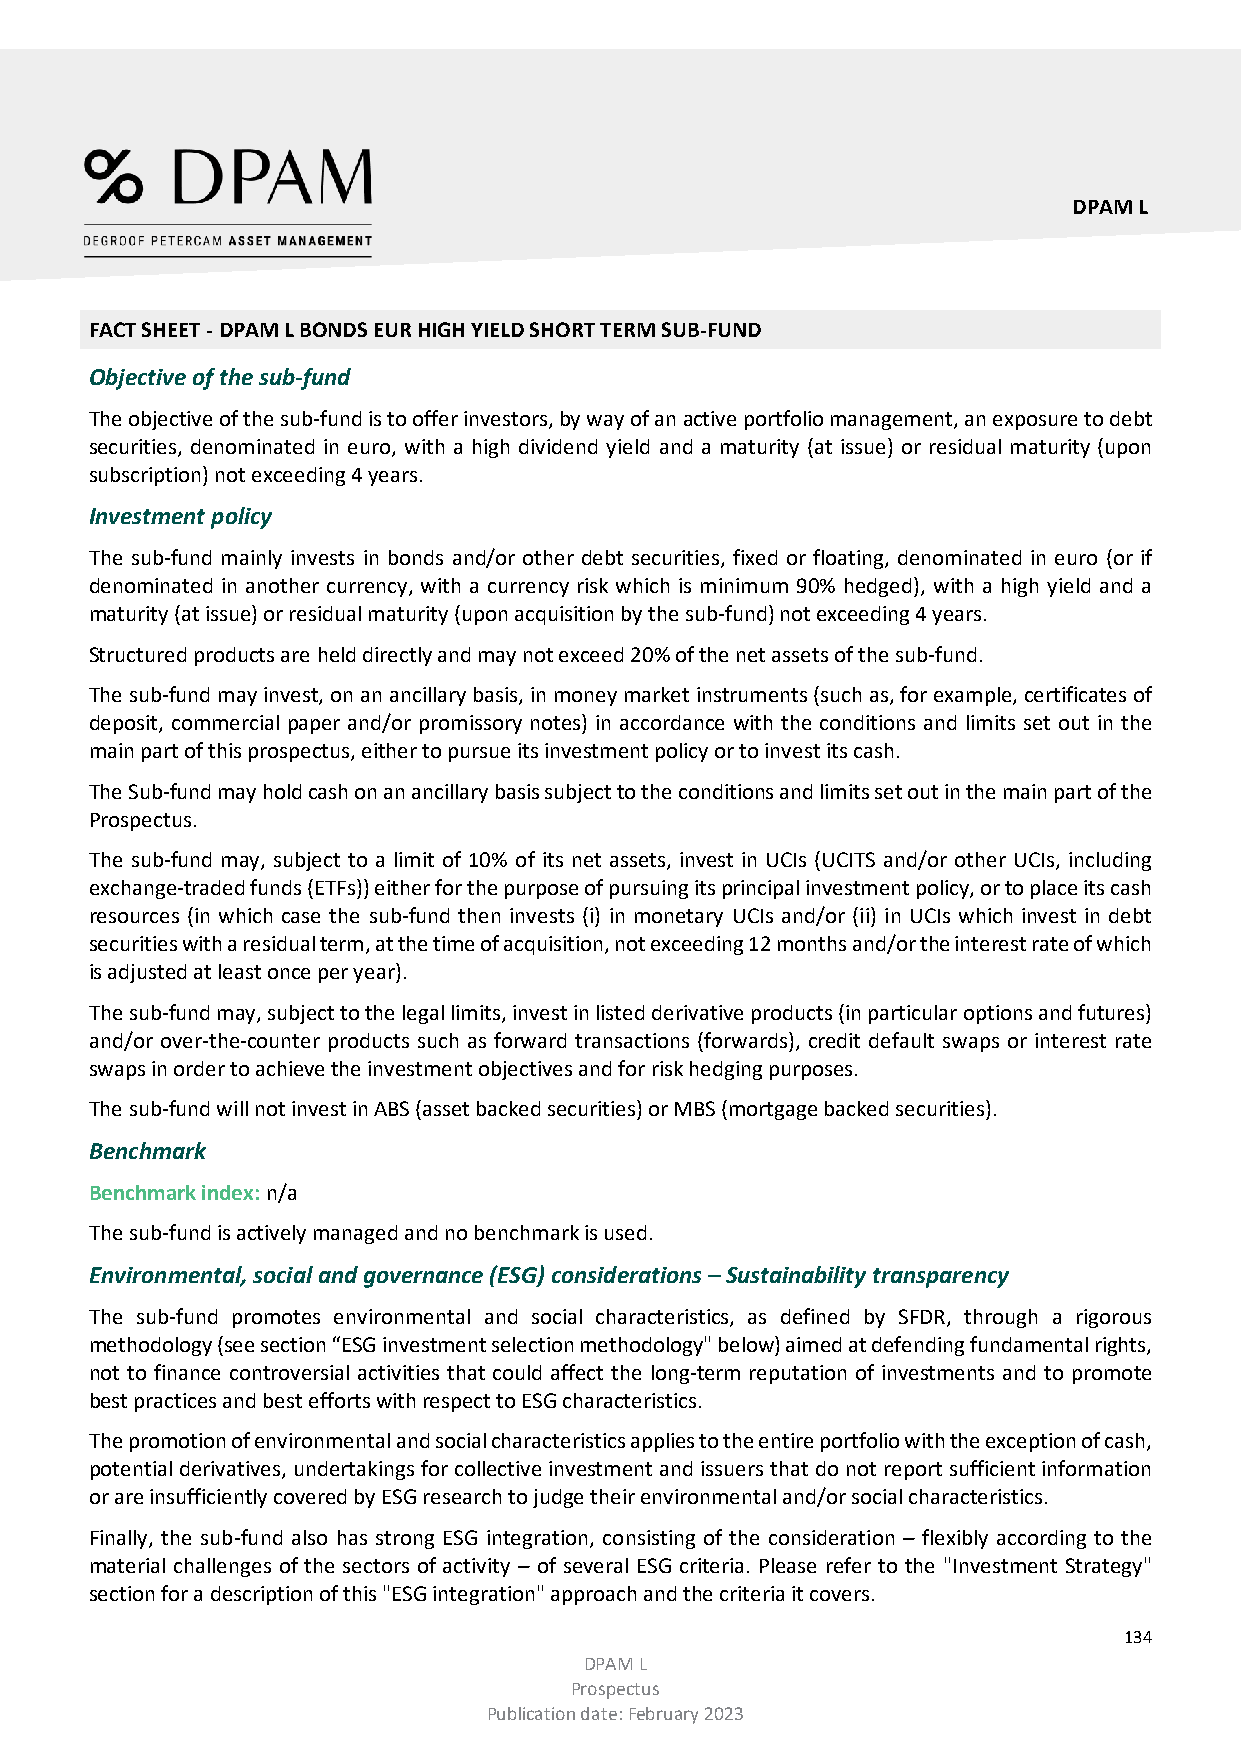
DPAM L
 FACT SHEET - DPAM L BONDS EUR HIGH YIELD SHORT TERM SUB-FUND
 Objective of the sub-fund
 The objective of the sub-fund is to offer investors, by way of an active portfolio management, an exposure to debt
 securities, denominated in euro, with a high dividend yield and a maturity (at issue) or residual maturity (upon
 subscription) not exceeding 4 years.
 Investment policy
 The sub-fund mainly invests in bonds and/or other debt securities, fixed or floating, denominated in euro (or if
 denominated in another currency, with a currency risk which is minimum 90% hedged), with a high yield and a
 maturity (at issue) or residual maturity (upon acquisition by the sub-fund) not exceeding 4 years.
 Structured products are held directly and may not exceed 20% of the net assets of the sub-fund.
 The sub-fund may invest, on an ancillary basis, in money market instruments (such as, for example, certificates of
 deposit, commercial paper and/or promissory notes) in accordance with the conditions and limits set out in the
 main part of this prospectus, either to pursue its investment policy or to invest its cash.
 The Sub-fund may hold cash on an ancillary basis subject to the conditions and limits set out in the main part of the
 Prospectus.
 The sub-fund may, subject to a limit of 10% of its net assets, invest in UCIs (UCITS and/or other UCIs, including
 exchange-traded funds (ETFs)) either for the purpose of pursuing its principal investment policy, or to place its cash
 resources (in which case the sub-fund then invests (i) in monetary UCIs and/or (ii) in UCIs which invest in debt
 securities with a residual term, at the time of acquisition, not exceeding 12 months and/or the interest rate of which
 is adjusted at least once per year).
 The sub-fund may, subject to the legal limits, invest in listed derivative products (in particular options and futures)
 and/or over-the-counter products such as forward transactions (forwards), credit default swaps or interest rate
 swaps in order to achieve the investment objectives and for risk hedging purposes.
 The sub-fund will not invest in ABS (asset backed securities) or MBS (mortgage backed securities).
 Benchmark
 Benchmark index: n/a
 The sub-fund is actively managed and no benchmark is used.
 Environmental, social and governance (ESG) considerations – Sustainability transparency
 The sub-fund promotes environmental and social characteristics, as defined by SFDR, through a rigorous
 methodology (see section “ESG investment selection methodology" below) aimed at defending fundamental rights,
 not to finance controversial activities that could affect the long-term reputation of investments and to promote
 best practices and best efforts with respect to ESG characteristics.
 The promotion of environmental and social characteristics applies to the entire portfolio with the exception of cash,
 potential derivatives, undertakings for collective investment and issuers that do not report sufficient information
 or are insufficiently covered by ESG research to judge their environmental and/or social characteristics.
 Finally, the sub-fund also has strong ESG integration, consisting of the consideration – flexibly according to the
 material challenges of the sectors of activity – of several ESG criteria. Please refer to the "Investment Strategy"
 section for a description of this "ESG integration" approach and the criteria it covers.
 134
 DPAM L
 Prospectus
 Publication date: February 2023